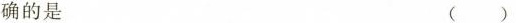
确的是 ( )